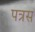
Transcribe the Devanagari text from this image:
पत्रस